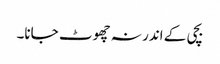
بچی کے اندر نہ چھوٹ جانا۔